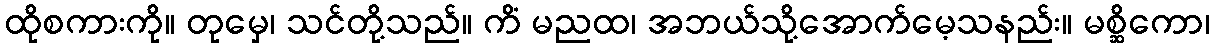
ထိုစကားကို။ တုမှေ၊ သင်တို့သည်။ ကိံ မညထ၊ အဘယ်သို့အောက်မေ့သနည်း။ မစ္ဆိကော၊